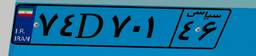
۷۴D۷۰۱۴۶